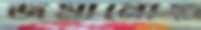
জমানোয়